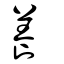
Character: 養